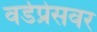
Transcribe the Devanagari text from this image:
वर्डप्रेसवर